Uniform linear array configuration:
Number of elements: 64
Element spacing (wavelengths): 1
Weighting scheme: uniform
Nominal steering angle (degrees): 0
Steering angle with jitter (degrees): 0.3668
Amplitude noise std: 0.05
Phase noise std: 0.05

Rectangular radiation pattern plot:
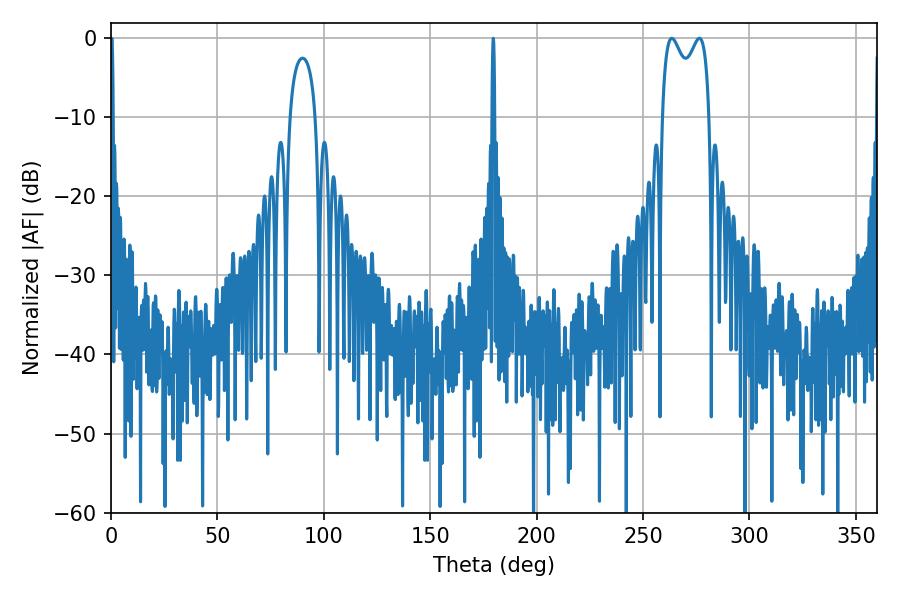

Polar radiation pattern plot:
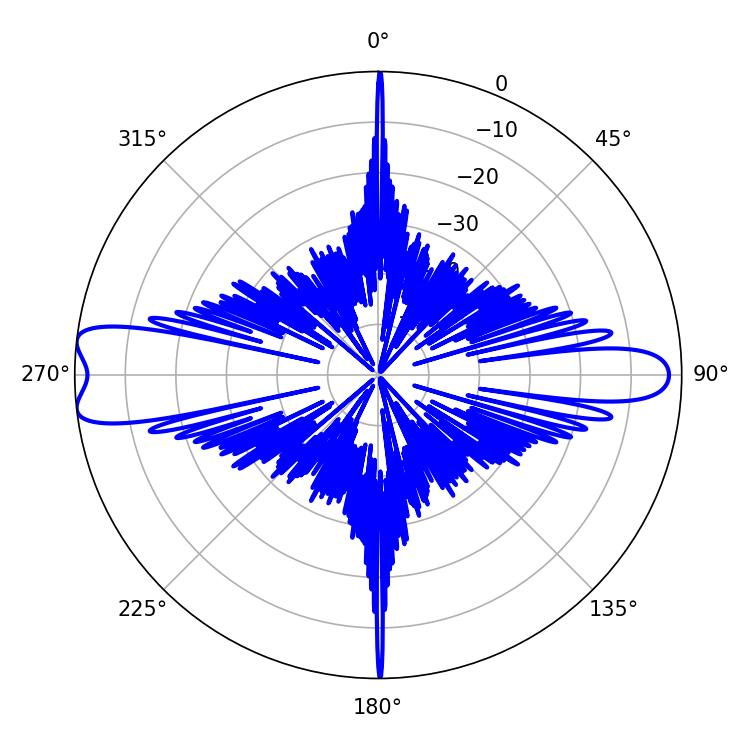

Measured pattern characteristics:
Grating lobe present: TRUE
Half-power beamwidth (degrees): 18.72
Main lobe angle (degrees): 263.52